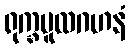
ရုက္ခမူလဂဟနံ